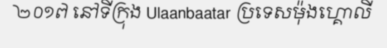
២០១៧ នៅទីក្រុង Ulaanbaatar ប្រទេសម៉ុងហ្គោលី